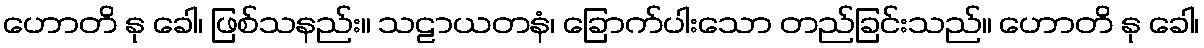
ဟောတိ နု ခေါ၊ ဖြစ်သနည်း။ သဠာယတနံ၊ ခြောက်ပါးသော တည်ခြင်းသည်။ ဟောတိ နု ခေါ၊